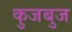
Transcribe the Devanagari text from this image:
कुजबुज